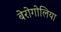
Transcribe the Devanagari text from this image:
बेरोगोलिया